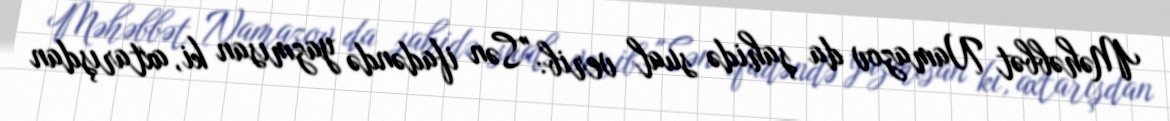
Məhəbbət Namazov da şahidə sual verib: "Sən ifadəndə yazmısan ki, axtarışdan